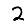
Digit: 2